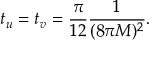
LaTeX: t _ { u } = t _ { v } = { \frac { \pi } { 1 2 } } { \frac { 1 } { ( 8 \pi M ) ^ { 2 } } } .